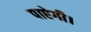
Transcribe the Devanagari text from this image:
पाऐगी।